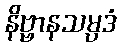
နိဗ္ဗာနသမ္ပဒံ